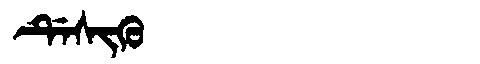
Manchu: ᡩᡝᠰᡳᡴᡠ
Romanization: DESIKU